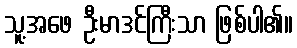
သူ့အဖေ ဦးမာဒင်ကြီးသာ ဖြစ်ပါ၏။